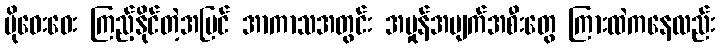
ပိုဝေးဝေး ကြည့်နိုင်တဲ့အပြင် အာကာသအတွင်း အမှုန်အပျက်အစီးတွေ ကြားထဲကနေလည်း